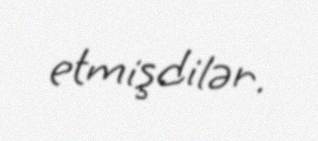
etmişdilər.